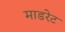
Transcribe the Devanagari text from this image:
माडरेट